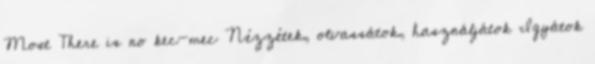
Most There is no kec-mec Nézzétek, olvassátok, használjátok Igyátok